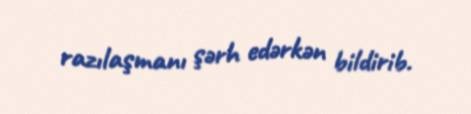
razılaşmanı şərh edərkən bildirib.